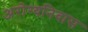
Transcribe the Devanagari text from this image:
अरोग्यनिवास